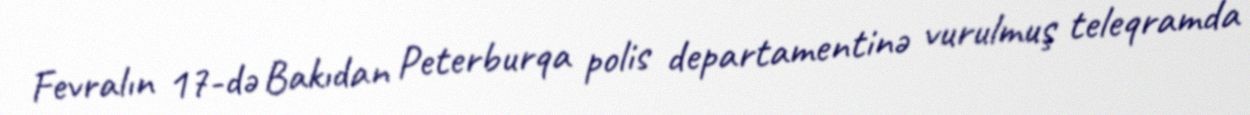
Fevralın 17-də Bakıdan Peterburqa polis departamentinə vurulmuş teleqramda